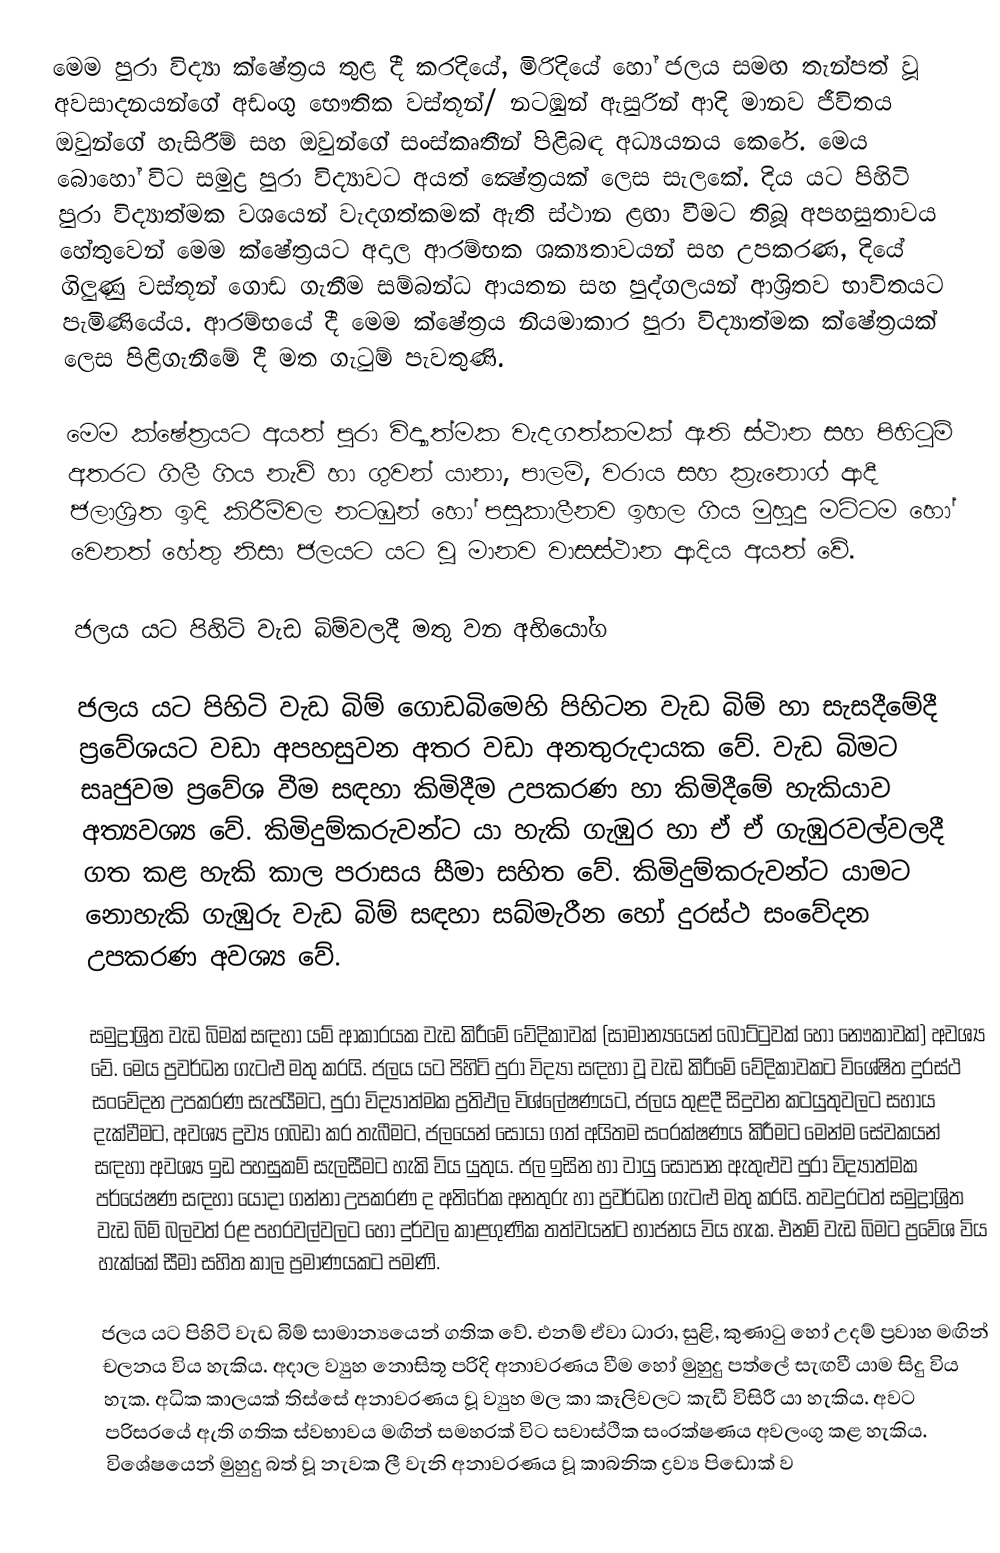
මෙම පුරා විද්‍යා ක්ෂේත්‍රය තුළ දී කරදියේ, මිරිදියේ හෝ ජලය සමඟ තැන්පත් වූ අවසාදනයන්ගේ අඩංගු භෞතික වස්තූන්/ නටඹුන් ඇසුරින් ආදි මානව ජීවිතය ඔවුන්ගේ හැසිරීම් සහ ඔවුන්ගේ සංස්කෘතීන් පිළිබඳ අධ්‍යයනය කෙරේ. මෙය බොහෝ විට සමුද්‍ර පුරා විද්‍යාවට අයත් ක්‍ෂේත්‍රයක් ලෙස සැලකේ. දිය යට පිහිටි පුරා විද්‍යාත්මක වශයෙන් වැදගත්කමක් ඇති ස්ථාන ළඟා වීමට තිබූ අපහසුතාවය හේතුවෙන් මෙම ක්ෂේත්‍රයට අදාල ආරම්භක ශක්‍යතාවයන් සහ උපකරණ, දියේ ගිලුණු වස්තූන් ‍ගොඩ ගැනීම සම්බන්ධ ආයතන සහ පුද්ගලයන් ආශ්‍රිතව භාවිතයට පැමිණියේය. ආරම්භයේ දී මෙම ක්ෂේත්‍රය නියමාකාර පුරා විද්‍යාත්මක ක්ෂේත්‍රයක් ලෙස පිළිගැනීමේ දී මත ගැටුම් පැවතුණි.

මෙම ක්ෂේත්‍රයට අයත් පුරා විද්‍යාත්මක වැදගත්කමක් ඇති ස්ථාන සහ පිහිටුම් අතරට ගිලී ගිය නැව් හා ගුවන් යානා, පාලම්, වරාය සහ ක්‍රැනොග් ආදී ජලාශ්‍රිත ඉදි කිරීම්වල නටඹුන් හෝ පසුකාලීනව ඉහල ගිය මුහුදු මට්ටම හෝ වෙනත් හේතු නිසා ජලයට යට වූ මානව වාසස්ථාන ආදිය අයත් වේ.

ජලය යට පිහිටි වැඩ බිම්වලදී මතු වන අභියෝග

ජලය යට පිහිටි වැඩ බිම් ගොඩබිමෙහි පිහිටන වැඩ බිම් හා සැසදීමේදී ප්‍රවේශයට වඩා අපහසුවන අතර වඩා අනතුරුදායක වේ. වැඩ බිමට සෘජුවම ප්‍රවේශ වීම සඳහා කිමිදීම උපකරණ හා කිමිදීමේ හැකියාව අත්‍යවශ්‍ය වේ. කිමිදුම්කරුවන්ට යා හැකි ගැඹුර හා ඒ ඒ ගැඹුරවල්වලදී ගත කළ හැකි කාල පරාසය සීමා සහිත වේ. කිමිදුම්කරුවන්ට යාමට නොහැකි ගැඹුරු වැඩ බිම් සඳහා සබ්මැරීන හෝ දුරස්ථ සංවේදන උපකරණ අවශ්‍ය වේ.

සමුද්‍රාශ්‍රිත වැඩ බිමක් සඳහා යම් ආකාරයක වැඩ කිරීමේ වේදිකාවක් (සාමාන්‍යයෙන් බෝට්ටුවක් හෝ නෞකාවක්) අවශ්‍ය වේ. මෙය ප්‍රවර්ධන ගැටළු මතු කරයි. ජලය යට පිහිටි පුරා විද්‍යා සඳහා වූ වැඩ කිරීමේ වේදිකාවකට විශේෂිත දුරස්ථ සංවේදන උපකරණ සැපයීමට, පුරා විද්‍යාත්මක ප්‍රතිඵල විශ්ලේෂණයට, ජලය තුළදී සිදුවන කටයුතුවලට සහාය දැක්වීමට, අවශ්‍ය ද්‍රව්‍ය ගබඩා කර තැබීමට, ජලයෙන් සොයා ගත් අයිතම සංරක්ෂණය කිරීමට මෙන්ම සේවකයන් සඳහා අවශ්‍ය ඉඩ පහසුකම් සැලසීමට  හැකි විය යුතුය. ජල ඉසින හා වායු සෝපාන ඇතුළුව පුරා විද්‍යාත්මක පර්යේෂණ සඳහා යොදා ගන්නා උපකරණ ද අතිරේක අනතුරු හා ප්‍රවර්ධන ගැටළු මතු කරයි. තවදුරටත් සමුද්‍රාශ්‍රිත වැඩ බිම් බලවත් රළ පහරවල්වලට හෝ දුර්වල කාළගුණික තත්වයන්ට භාජනය විය හැක. එනම් වැඩ බිමට ප්‍රවේශ විය හැක්කේ සීමා සහිත කාල ප්‍රමාණයකට පමණි.

ජලය යට පිහිටි වැඩ බිම් සාමාන්‍යයෙන් ගතික වේ. එනම් ‍ඒවා ධාරා, සුළි, කුණාටු හෝ උදම් ප්‍රවාහ මඟින් චලනය විය හැකිය. අදාල ව්‍යුහ නොසිතූ පරිදි අනාවරණය වීම හෝ මුහුදු පත්ලේ සැඟවී යාම සිදු විය හැක. අධික කාලයක් තිස්සේ අනාවරණය වූ ව්‍යුහ මල කා කෑලිවලට කැඩී විසිරී යා හැකිය. අවට පරිස‍රයේ ඇති ගතික ස්වභාවය මඟින් සමහරක් විට සවාස්ථික සංරක්ෂණය  අවලංගු කළ හැකිය. විශේෂයෙන් මුහුදු බත් වූ නැවක ලී වැනි අනාවරණය වූ කාබනික ද්‍රව්‍ය පිඩොක් ව